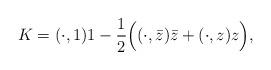
LaTeX: \begin{align*}K=(\cdot, 1)1-\frac{1}{2}\Big( (\cdot, \bar z)\bar z+(\cdot, z)z\Big),\end{align*}